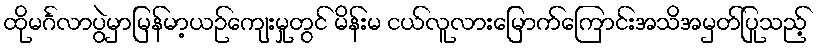
ထိုမင်္ဂလာပွဲမှာမြန်မာ့ယဉ်ကျေးမှုတွင် မိန်းမ ငယ်လူလားမြောက်ကြောင်းအသိအမှတ်ပြုသည့်